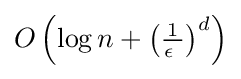
O\left(\log n+{\left({\tfrac {1}{\epsilon \ }}\right)}^{d}\right)